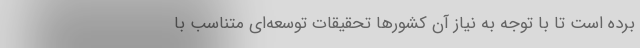
برده است تا با توجه به نياز آن كشور‌ها تحقيقات توسعه‌ای متناسب با